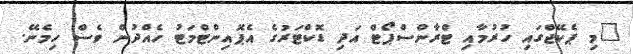
"މި ޕެކޭޖްގައި ހުރުމާއި ޓްރާންސްޕޯޓް އަދި ޑޮކްޓަރުގެ އެޕޮއިންޓްމަޓު ހެއްދުން ވެސް ހިމެނޭ.